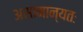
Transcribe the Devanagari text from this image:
असामान्यतः